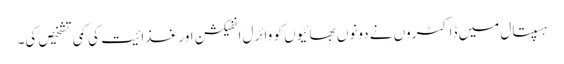
ہسپتال میں ڈاکٹروں نے دونوں بھائیوں کو وائرل انفیکشن اور غذا ئیت کی کمی تشخیص کی۔